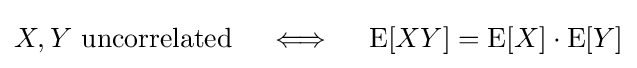
X,Y{\text{ uncorrelated}}\quad \iff \quad \operatorname {E} [XY]=\operatorname {E} [X]\cdot \operatorname {E} [Y]